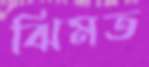
ঝিমত